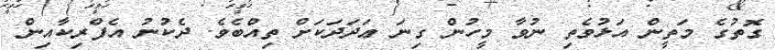
ގޮތުގެ މަތީން އަޅުވެތި ނުވާ މީހުން ގިނަ ޢަދަދަކަށް ތިއްބެވެ. ދެކުނު އެފްރިކާއިން